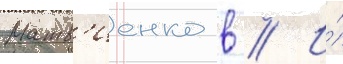
Матв'иенко в // И́